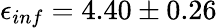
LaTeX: \epsilon_{inf}=4.40\pm 0.26